Report of the Bombay Plague Committee
Disease focus: Plague
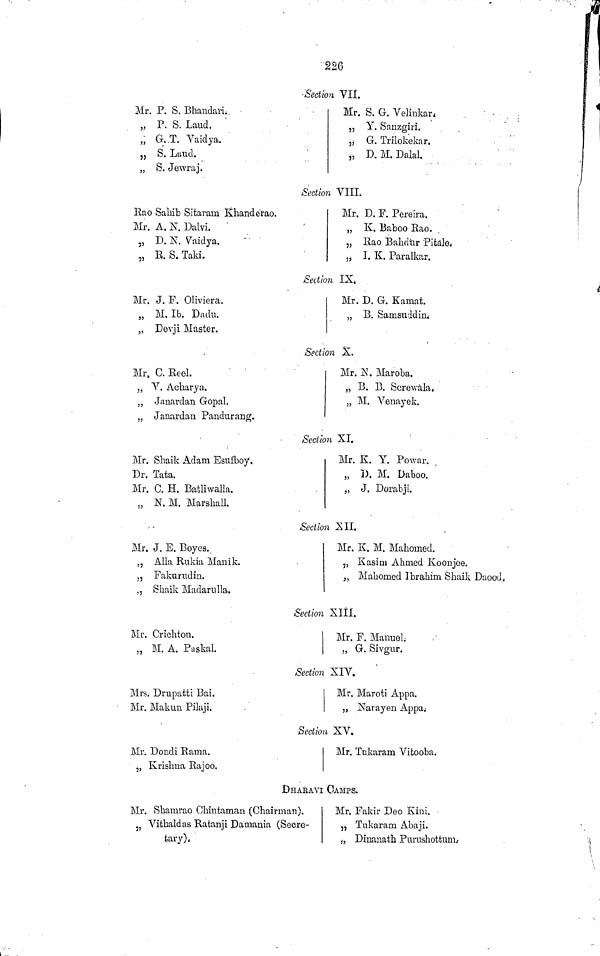
226
Section VII.
Mr. P. S. Bhandari.
„ P. S. Laud.
„ G..T. Vaidya.
„ S. Laud.
„ S. Je\vraj.
Mr. S. G. Velinkar.
„ Y. Sauzgiri.
,j G. Trilokekar.
„ D. M. Dalai.
Section VIII.
Rao Sahib Sitaram Khande'rao.
Mr. A. N. Dalvi.
,, D. N, Vaidya.
„ E. S. Taki.
Mr. D. F. Pereira.
„ K. Baboo Eao.
5, Rao Bahdtir Pitale,,
„ I. K. Paralkar.
Section IX,
Mr. J. F. Oliviera.
„ M. Ib. Dadu.
„ Devji Master.
Mr. D. G. Kamat.
„ B, SamsuddinŜ
ection X.
Mr. C. Eeel.
., V. Acharya.
„ Janardan Gopal.
„ Janardan Pandurang.
Mr. ^T. Maroba.
„ B. B. Screvvala.
„ M. Venayek.
Section XI.
Mr. Shaik Adam Esufboy.
Dr. Tata.
Mr. C. H. Batliwalla.
„ N. M. Marshall.
Mr. K. Y. Powar.
„ I). M. Daboo.
„ J. Dorabji.
Section XII.
Mr. J. E. Boyes.
., Alia Rukia Manik.
„ Fakumdin.
., Sliaik Madarulla.
Mr. K. M. Mahomed.
„ Kasiai Ahmed Koonjoe.
„ Mahomed Ibrahim Shaik Daood,,
Section Xlll.
Mr. Crichton.
„ M. A. Paskal.
Mr. F. Manuel.
„ G. Sivgur.
Section XIV.
Mrs. Drupatti Bai.
Mr. Makun Pilaji.
Mr. Maroti Appa.
„ Narayen AppaŜ
ection XV.
Mi\ Dondi Rama.
„ Krishna Rajoo.
Mr. Tnkaram Vifcooba.
BHAEAVI CAMPS.
Mr. Shamrao Ohiutaman (Chairman).
5J Vithaldas Ratanji Damania (Secre-
tary).
Mr. Fakir Deo Kini.
„ Tukaram Abaji.
„, Dinanath Pumshottmn*